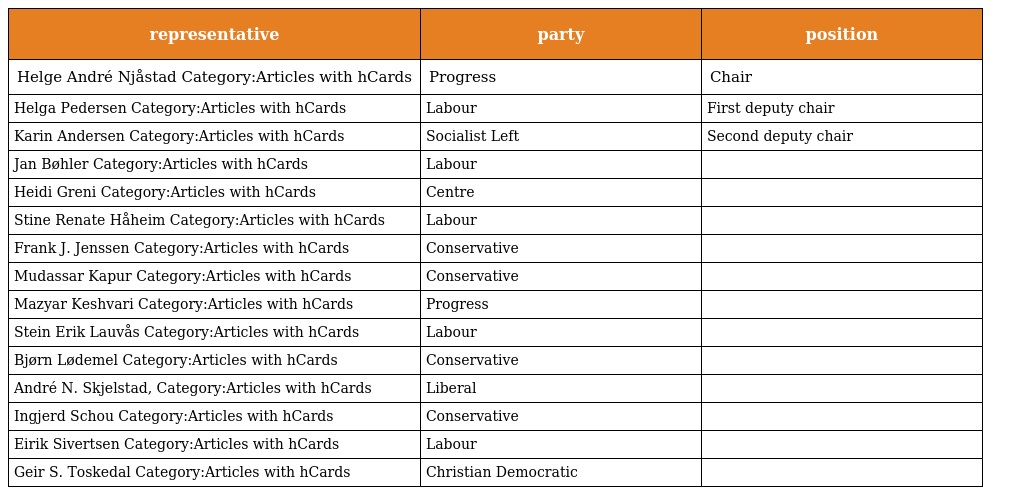
| representative | party | position |
 | --- | --- | --- |
 | Helge André Njåstad Category:Articles with hCards | Progress | Chair |
 | Helga Pedersen Category:Articles with hCards | Labour | First deputy chair |
 | Karin Andersen Category:Articles with hCards | Socialist Left | Second deputy chair |
 | Jan Bøhler Category:Articles with hCards | Labour |  |
 | Heidi Greni Category:Articles with hCards | Centre |  |
 | Stine Renate Håheim Category:Articles with hCards | Labour |  |
 | Frank J. Jenssen Category:Articles with hCards | Conservative |  |
 | Mudassar Kapur Category:Articles with hCards | Conservative |  |
 | Mazyar Keshvari Category:Articles with hCards | Progress |  |
 | Stein Erik Lauvås Category:Articles with hCards | Labour |  |
 | Bjørn Lødemel Category:Articles with hCards | Conservative |  |
 | André N. Skjelstad, Category:Articles with hCards | Liberal |  |
 | Ingjerd Schou Category:Articles with hCards | Conservative |  |
 | Eirik Sivertsen Category:Articles with hCards | Labour |  |
 | Geir S. Toskedal Category:Articles with hCards | Christian Democratic |  |